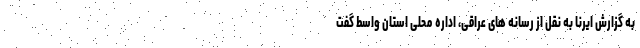
به گزارش ایرنا به نقل از رسانه های عراقی، اداره محلی استان واسط گفت